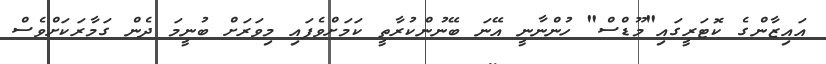
އައިޒާންގެ ކޮޓަރީގައި"މޫޑްސް" ހުންނާނީ އޭނަ ބޭނުންކުރާތީ ކަމަށްވެފައި މިވަރަށް ބުނީމަ ދެން ގަމާރަކަށްވެސް